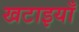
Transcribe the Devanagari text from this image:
खटाइयाँ